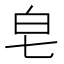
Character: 皂